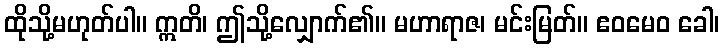
ထိုသို့မဟုတ်ပါ။ ဣတိ၊ ဤသို့လျှောက်၏။ မဟာရာဇ၊ မင်းမြတ်။ ဧဝမေဝ ခေါ၊